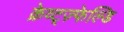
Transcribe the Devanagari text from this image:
क्रेव्ट्ज़्फेल्डि